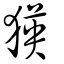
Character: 𤠉